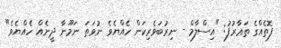
ފޮތެއްގެ ތަޢާރުފު: "އިސްލާމް - ނިރުބަވެރިކަން ހެއްޔެވެ ނުވަތަ ނަމޫނާ ދީނެއް ހެއްޔެވެ"